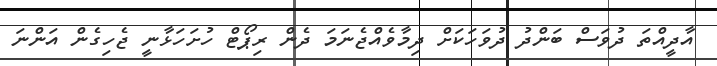
އާދީއްތަ ދުވަސް ބަންދު ދުވަހަކަށް ދިމާވެއްޖެނަމަ ދެން ރިޕޯޓް ހުށަހަޅާނީ ޖެހިގެން އަންނަ